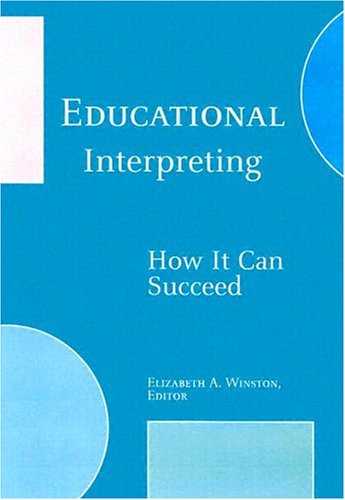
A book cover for Educational Interpreting: How It Can Succeed; Reference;